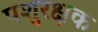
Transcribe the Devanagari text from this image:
पशुरक्षक